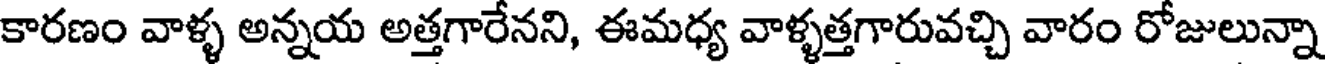
కారణం వాళ్ళ అన్నయ అత్తగారేనని, ఈమధ్య వాళ్ళత్తగారువచ్చి వారం రోజులున్నా